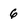
Character: 6